Insane asylums in Bengal annual reports 1867-1875 - 1867-1875
Year: 1867
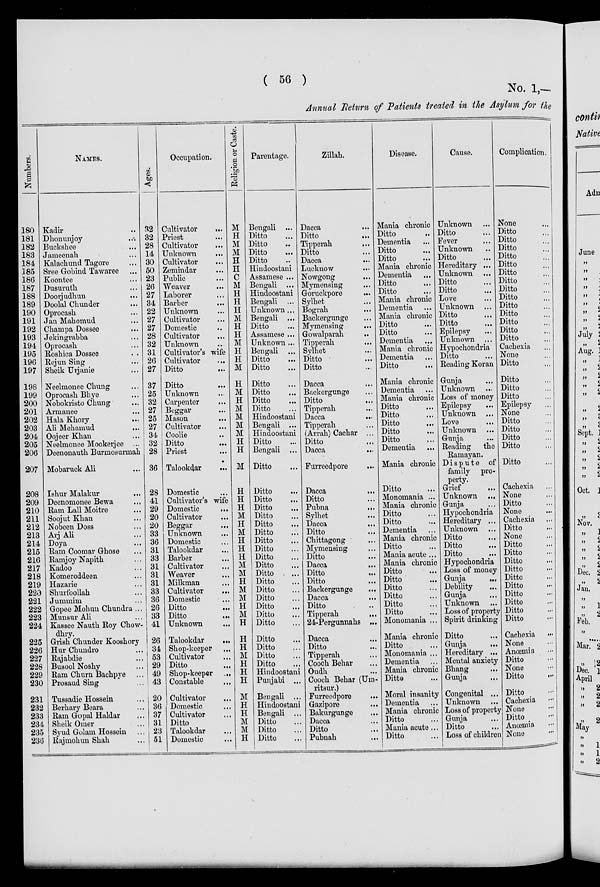
( 56 )
No. 1,—
Annual Return of Patients treated in the Asylum for the
Numbers.
180
181
182
183
184
185
186
187
188
189
190
191
192
193
194
195
196
197
198
199
200
201
202
203
204
205
206
207
208
209
210
211
212
213
214
215
216
217
218
219
220
221
222
223
224
225
226
227
228
229
230
231
232
233
234
235
236
NAMES.
Kadir ...
Dhonunjoy ...
Buckshee ...
Jameenah ...
Kalachund Tagore ...
Sree Gobind Tawaree ...
Koontee ...
Dusuruth ...
Doorjudhun ...
Doolal Chunder ...
Oprocash ...
Jan Mahomud ...
Champa Dossee
...
Jekingrabba ...
Oprocash ...
Roshica Dossee ...
Rejun Sing ...
Sheik Urjanie ...
Neelmonee Chung ...
Oprocash Bhye ...
Nobokristo Chung ...
Armanee ...
Hala Khory ...
Ali Mehamud
...
Oojeer Khan ...
Neelmonee Mookerjee ...
Deenonauth Burmosurmah
Mobaruck Ali ...
Ishur Malakur ...
Deenomonee Bewa ...
Ram Lall Moitre ...
Soojut Khan ...
Nobeen Doss ...
Arj Ali ...
Doya ...
Ram Coomar Ghose ...
Ramjoy Napith ...
Kadoo ...
Komeroddeen ...
Hazarie ...
Shurfoollah ...
Jummim ...
Gopee Mohun Chundra ...
Munsur Ali ...
Kassee Nauth Roy Chow-
dhry.
Grish Chunder Kooshory
Hur Chundro ...
Rajabdie ...
Busool Noshy ...
Ram Churn Bachpye ...
Prosaud Sing ...
Tussadie Hossein ...
Berhary Beara ...
Ram Gopal Haldar ...
Sheik Omer ...
Syud Golam Hossein ...
Rajmohun Shah ...
Ages.
32
32
28
14
30
50
23
26
27
34
22
27
27
28
32
31
26
27
37
25
32
27
25
27
34
32
28
36
28
41
29
20
20
33
36
31
33
31
31
31
33
36
26
33
41
26
34
53
29
49
43
20
36
37
31
23
51
Occupation.
Cultivator
...
Priest ...
Cultivator ...
Unknown ...
Cultivator ...
Zemindar ...
Public ...
Weaver ...
Laborer ...
Barber ...
Unknown ...
Cultivator ...
Domestic ...
Cultivator ...
Unknown ...
Cultivator's wife
Cultivator ...
Ditto ...
Ditto ...
Unknown ...
Carpenter ...
Beggar ...
Mason ...
Cultivator ...
Coolie ...
Ditto ...
Priest
...
Talookdar ...
Domestic ...
Cultivator's wife
Domestic
...
Cultivator ...
Beggar ...
Unknown ...
Domestic ...
Talookdar ...
Barber ...
Cultivator ...
Weaver ...
Milkman ...
Cultivator
...
Domestic
...
Ditto ...
Ditto ...
Unknown
...
Talookdar
...
Shop-keeper ...
Cultivator ...
Ditto ...
Shop-keeper ...
Constable
...
Cultivator ...
Domestic ...
Cultivator ...
Ditto ...
Talookdar ...
Domestic ...
Religion or Caste.
M
H
M
M
H
H
C
M
H
H
H
M
H
H
M
H
H
M
H
M
H
M
M
M
M
H
H
M
H
H
H
M
H
M
H
H
H
M
M
H
M
M
H
M
H
H
H
M
H
H
H
M
H
H
M
M
H
Parentage.
Bengali ...
Ditto ...
Ditto ...
Ditto ...
Ditto ...
Hindoostani
Assamese ...
Bengali ...
Hindoostani
Bengali ...
Unknown ...
Bengali ...
Ditto ...
Assamese ...
Unknown ...
Bengali ...
Ditto ...
Ditto ...
Ditto ...
Ditto ...
Ditto ...
Ditto ...
Hindoostani
Bengali ...
Hindoostani
Ditto ...
Bengali ...
Ditto ...
Ditto ...
Ditto ...
Ditto ...
Ditto ...
Ditto ...
Ditto ...
Ditto ...
Ditto ...
Ditto ...
Ditto ...
Ditto
...
Ditto ...
Ditto ...
Ditto ...
Ditto ...
Ditto ...
Ditto ...
Ditto ...
Ditto ...
Ditto ...
Ditto ...
Hindoostani
Punjabi ...
Bengali ...
Hindoostani
Bengali ...
Ditto ...
Ditto ...
Ditto ...
Zillah.
Dacca ...
Ditto ...
Tipperah ...
Ditto ...
Dacca ...
Lucknow ...
Nowgong ...
Mymensing ...
Goruckpore ...
Sylhet ...
Bograh ...
Backergunge ...
Mymensing
...
Gowalparah ...
Tipperah ...
Sylhet ...
Ditto ...
Ditto ...
Dacca ...
Backergunge ...
Ditto
...
Tipperah ...
Dacca
...
Tipperah ...
(Arrah) Cachar ...
Ditto ...
Dacca ...
Furreedpore ...
Dacca
...
Ditto
Pubna
...
Sylhet
Dacca ...
Ditto ...
Chittagong ...
Mymensing ...
Ditto ...
Dacca
...
Ditto ...
Ditto ...
Backergunge ...
Dacca ...
Ditto ...
Tipperah ...
24-Pergunnahs ...
Dacca ...
Ditto ...
Tipperah ...
Cooch Behar ...
Oudh ...
Cooch Behar (Uin-
ritsur.)
Furreedpore ...
Gazipore ...
Bakurgunge ...
Dacca ...
Ditto ...
Pubnah
...
Disease.
Mania chronic
Ditto ...
Dementia ...
Ditto ...
Ditto ...
Mania chronic
Dementia ...
Ditto
...
Ditto ...
Mania chronic
Dementia ...
Mania chronic
Ditto ...
Ditto ...
Dementia ...
Mania chronic
Dementia ...
Ditto ...
Mania chronic
Dementia ...
Mania chronic
Ditto ...
Ditto ...
Ditto ...
Ditto ...
Ditto ...
Dementia ...
Mania chronic
Ditto ...
Monomania ...
Mania chronic
Ditto ...
Ditto ...
Dementia ...
Mania chronic
Ditto ...
Mania acute ...
Mania chronic
Ditto ...
Ditto ...
Ditto ...
Ditto ...
Ditto ...
Ditto ...
Monomania ...
Mania chronic
Ditto
...
Monomania ...
Dementia ...
Mania chronic
Ditto ...
Moral insanity
Dementia ...
Mania chronic
Ditto ...
Mania acute ...
Ditto ...
Cause.
Unknown ...
Ditto ...
Fever ...
Unknown ...
Ditto ...
Hereditary ...
Unknown ...
Ditto ...
Ditto ...
Love ...
Unknown ...
Ditto ...
Ditto ...
Epilepsy ...
Unknown ...
Hypochondria
Ditto ...
Reading Koran
Gunja
Unknown ...
Loss of money
Epilepsy ...
Unknown ...
Love ...
Unknown ...
Gunja ...
Reading the
Ramayan.
Dispute of
family pro-
perty.
Grief
...
Unknown ...
Gunja ...
Hypochondria
Hereditary ...
Unknown ...
Ditto ...
Ditto ...
Ditto ...
Hypochondria
Loss of money
Gunja ...
Debility ...
Gunja ...
Unknown ...
Loss of property
Spirit drinking
Ditto
...
Gunja ...
Hereditary ...
Mental anxiety
Bhang
...
Gunja ...
Congenital ...
Unknown ...
Loss of property
Gunja ...
Ditto ...
Loss of children
Complication.
None ...
Ditto ...
Ditto ...
Ditto ...
Ditto ...
Ditto ...
Ditto ...
Ditto ...
Ditto ...
Ditto ...
Ditto ...
Ditto ...
Ditto ...
Ditto ...
Ditto ...
Cachexia ...
None ...
Ditto ...
Ditto ...
Ditto ...
Ditto ...
Epilepsy ...
None ...
Ditto ...
Ditto ...
Ditto ...
Ditto ...
Ditto ...
Cachexia ...
None ...
Ditto ...
None ...
Cachexia ...
Ditto ...
None ...
Ditto ...
Ditto ...
Ditto ...
Ditto ...
Ditto ...
Ditto ...
Ditto ...
Ditto ...
Ditto ...
Ditto ...
Cachexia ...
None ...
Anœmia ...
Ditto ...
None ...
Ditto ...
Ditto ...
Cachexia ...
None ...
Ditto ...
Anœmia ...
None ...